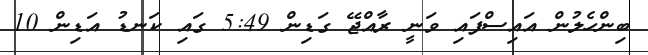
ބިންހެލުން އައިސްފައި ވަނީ ރާއްޖޭ ގަޑިން 5:49 ގައި ކަނޑު އަޑިން 10